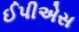
ઈપીએસ